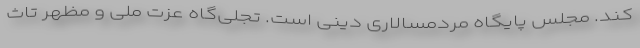
کند. مجلس پایگاه مردمسالاری دینی است. تجلی‌گاه عزت ملی و مظهر تاث